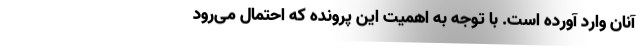
آنان وارد آورده است. با توجه به اهمیت این پرونده که احتمال می‌رود